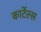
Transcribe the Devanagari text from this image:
कार्टेल्स